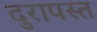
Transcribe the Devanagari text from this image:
दुरापस्त